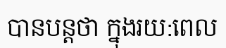
បានបន្តថា ក្នុងរយ:ពេល